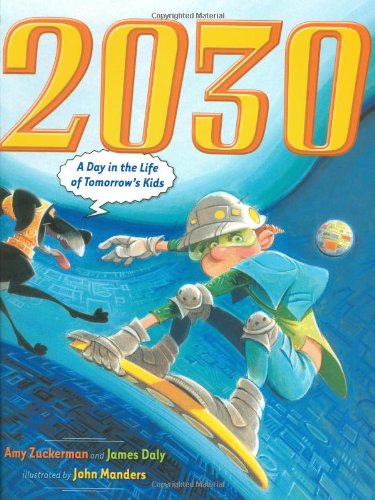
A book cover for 2030: A Day in the Life of Tomorrow's Kids; Amy Zuckerman; Children's Books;